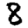
Digit: 8